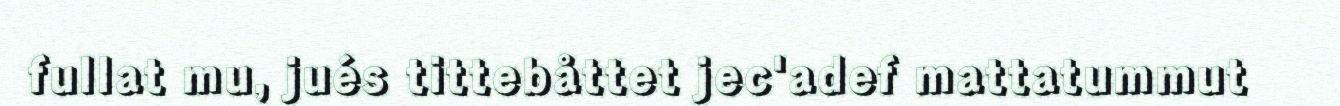
fullat mu, jués tittebåttet jec'adef mattatummut